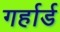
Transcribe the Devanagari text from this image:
गर्हार्ड